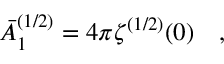
\bar { A } _ { 1 } ^ { ( 1 / 2 ) } = 4 \pi \zeta ^ { ( 1 / 2 ) } ( 0 ) ~ ~ ~ ,